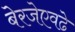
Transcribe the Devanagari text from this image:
बेरजेएवढे